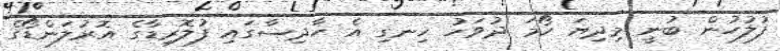
ފުލުހުން ބުނީ މިދިޔަ ހޯމަ ދުވަހު ހިނގި އެ ހާދިސާގައި ފުލޮރިޑާގެ އޮރުލަންޑޯގެ